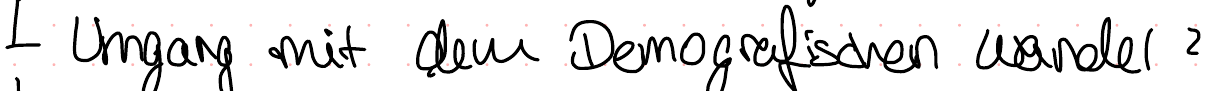
Umgang mit dem Demografischen Wandel?